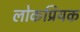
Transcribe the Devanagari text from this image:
लोकप्रियक